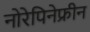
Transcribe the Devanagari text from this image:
नोरेपिनेफ्रीन